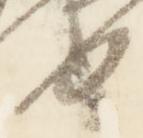
督